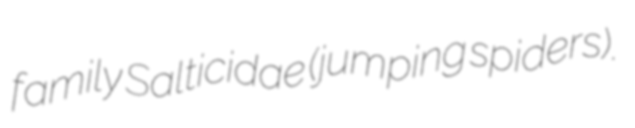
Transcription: family Salticidae (jumping spiders).